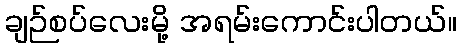
ချဉ်စပ်လေးမို့ အရမ်းကောင်းပါတယ်။